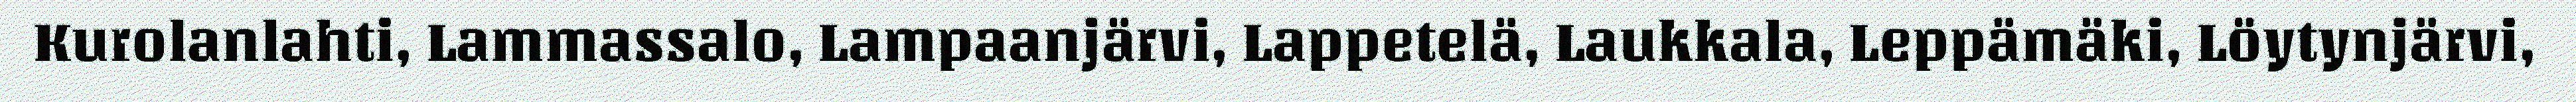
Kurolanlahti, Lammassalo, Lampaanjärvi, Lappetelä, Laukkala, Leppämäki, Löytynjärvi,